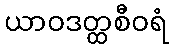
ယာဝဒတ္ထစီဝရံ